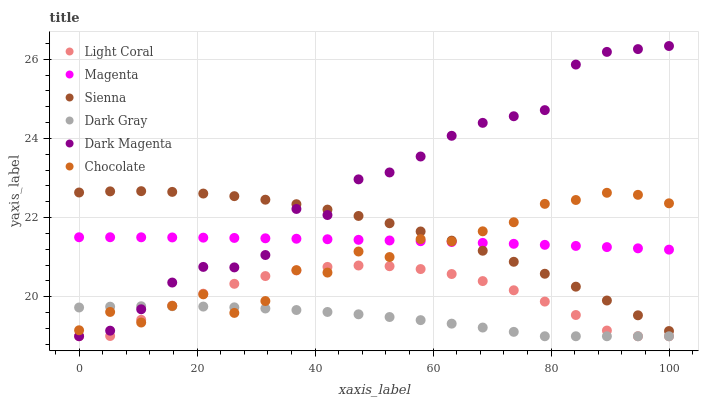
| xaxis_label | Light Coral | Magenta | Sienna | Dark Gray | Dark Magenta | Chocolate |
 | --- | --- | --- | --- | --- | --- | --- |
 | 0 | 19 | 21.5 | 22.6 | 19.7 | 19 | 19.2 |
 | 5.26 | 19 | 21.5 | 22.7 | 19.7 | 19.1 | 19.6 |
 | 10.5 | 19.4 | 21.5 | 22.7 | 19.8 | 19.7 | 19.3 |
 | 15.8 | 19.8 | 21.5 | 22.6 | 19.8 | 20.4 | 19.8 |
 | 21.1 | 20.1 | 21.5 | 22.6 | 19.8 | 20.8 | 20.1 |
 | 26.3 | 20.3 | 21.5 | 22.5 | 19.7 | 20.7 | 19.6 |
 | 31.6 | 20.5 | 21.5 | 22.5 | 19.7 | 21.1 | 19.9 |
 | 36.8 | 20.7 | 21.5 | 22.3 | 19.7 | 22.2 | 20.7 |
 | 42.1 | 20.8 | 21.5 | 22.2 | 19.6 | 22.1 | 20.6 |
 | 47.4 | 20.8 | 21.4 | 22 | 19.6 | 23 | 21.1 |
 | 52.6 | 20.8 | 21.4 | 21.9 | 19.5 | 23.1 | 21 |
 | 57.9 | 20.7 | 21.4 | 21.6 | 19.4 | 23.5 | 21.5 |
 | 63.2 | 20.6 | 21.4 | 21.4 | 19.3 | 24.1 | 21.4 |
 | 68.4 | 20.4 | 21.4 | 21.2 | 19.2 | 24.4 | 21.7 |
 | 73.7 | 20.2 | 21.3 | 20.9 | 19.1 | 24.6 | 21.9 |
 | 78.9 | 19.9 | 21.3 | 20.6 | 19 | 24.7 | 22.3 |
 | 84.2 | 19.5 | 21.3 | 20.3 | 19 | 25.9 | 22.4 |
 | 89.5 | 19.1 | 21.3 | 19.9 | 19 | 26.2 | 22.6 |
 | 94.7 | 19 | 21.2 | 19.5 | 19 | 26.3 | 22.6 |
 | 100 | 19 | 21.2 | 19.1 | 19 | 26.3 | 22.4 |